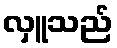
လှူသည်